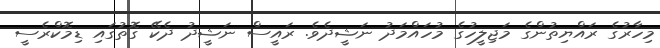
މިހާރުގެ ރައްޔިތުންގެ މަޖިލީހުގެ މުހައްމަދު ނަޝީދެވެ. ރައީސް ނަޝީދު ދެކޭ ގޮތުގައި ޑިމޮކްރެސީ